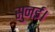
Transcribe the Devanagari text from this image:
सुनई।